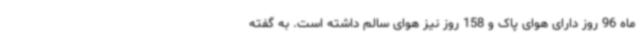
ماه 96 روز دارای هوای پاک و 158 روز نیز هوای سالم داشته است. به گفته